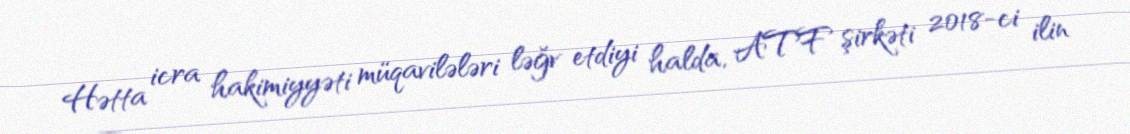
Hətta icra hakimiyyəti müqavilələri ləğv etdiyi halda, ATF şirkəti 2018-ci ilin